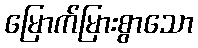
မြောက်မြားစွာသော